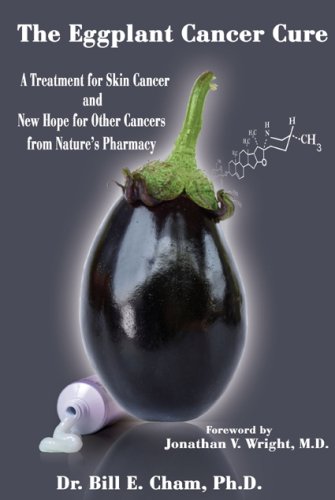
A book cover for The Eggplant Cancer Cure: A Treatment for Skin Cancer and New Hope for Other Cancers from Nature's Pharmacy; Bill E. Cham; Health, Fitness & Dieting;